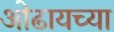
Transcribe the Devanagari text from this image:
ओढायच्या